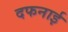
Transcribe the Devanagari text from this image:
दफनाई